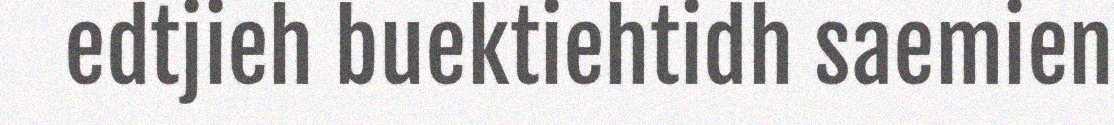
edtjieh buektiehtidh saemien